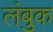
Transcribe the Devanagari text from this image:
लंबुक